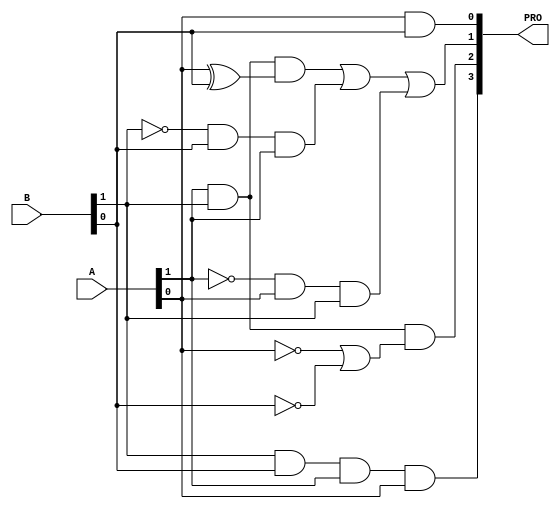
`timescale 1ns / 1ps
//////////////////////////////////////////////////////////////////////////////////
// Company: 
// Engineer: 
// 
// Design Name: 
// Module Name: twoBitMuti
// Project Name: 
// Target Devices: 
// Tool Versions: 
// Description: 
// 
// Dependencies: 
// 
// Revision:
// Revision 0.01 - File Created
// Additional Comments:
// 
//////////////////////////////////////////////////////////////////////////////////


module twoBitMuti(
    input [1:0]A,
    input [1:0]B,
    output [3:0] PRO
    );
     wire NA0,NB0,NA1,NB1;
     not(NA0,A[0]);    
     not(NB0,B[0]);
     not(NA1,A[1]);
     not(NB1,B[1]);
     
    wire U1, U2;
    and(U1,B[1],B[0]);
    and(U2,U1,A[1]);
    and(PRO[3],U2,A[0]);
    //assign PRO[3]=B[1]&B[0]&A[1]&A[0];
    
    wire T1,T2;
    and(T1,A[1],B[1]);
    or(T2,NA0,NB0);
    and(PRO[2],T1,T2);
    //assign PRO[2]=A[1]&B[1]&(~A[0]|~B[0]);
    
    wire S1,S2,S3;
    and(S1,A[1],B[1]);
    xor(S2,A[0],B[0]);
    and(S3,S1,S2);
    and(S4,NB1,B[0]);
    and(S5,S4,A[1]);
    or(S6,S3,S5);
    and(S7,NA1,A[0]);
    and(S8,S7,B[1]);
    or(PRO[1],S6,S8);
    //assign PRO[1]=A[1]&B[1]&(A[0]^B[0])|~B[1]&B[0]&A[1]|~A[1]&A[0]&B[1];
    
    and(PRO[0],A[0],B[0]);
    //assign PRO[0]=A[0]&B[0];
endmodule